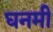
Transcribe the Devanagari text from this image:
घनमी